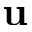
\mathbf { u }